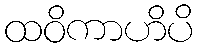
ထဝိကာဟိပိ